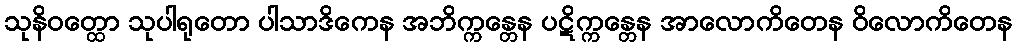
သုနိဝတ္ထော သုပါရုတော ပါသာဒိကေန အဘိက္ကန္တေန ပဋိက္ကန္တေန အာလောကိတေန ဝိလောကိတေန